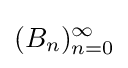
(B_{n})_{n=0}^{\infty }